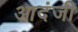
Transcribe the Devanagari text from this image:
आदंजी